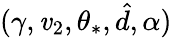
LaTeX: (\gamma,\mathit{v}_{2},\theta_{*},\hat{{d}},\alpha)